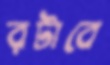
রটাবে